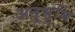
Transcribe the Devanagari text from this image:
अनुभूमि